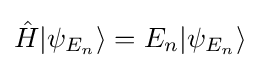
{\hat {H}}|\psi _{E_{n}}\rangle =E_{n}|\psi _{E_{n}}\rangle